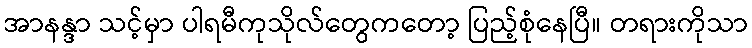
အာနန္ဒာ သင့်မှာ ပါရမီကုသိုလ်တွေကတော့ ပြည့်စုံနေပြီ။ တရားကိုသာ